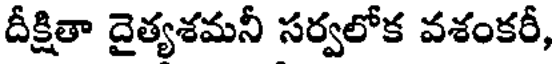
దీక్షితా దైత్యశమనీ సర్వలోక వశంకరీ,